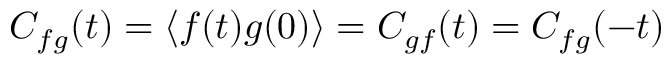
C _ { f g } ( t ) = \left\langle f ( t ) g ( 0 ) \right\rangle = C _ { g f } ( t ) = C _ { f g } ( - t )